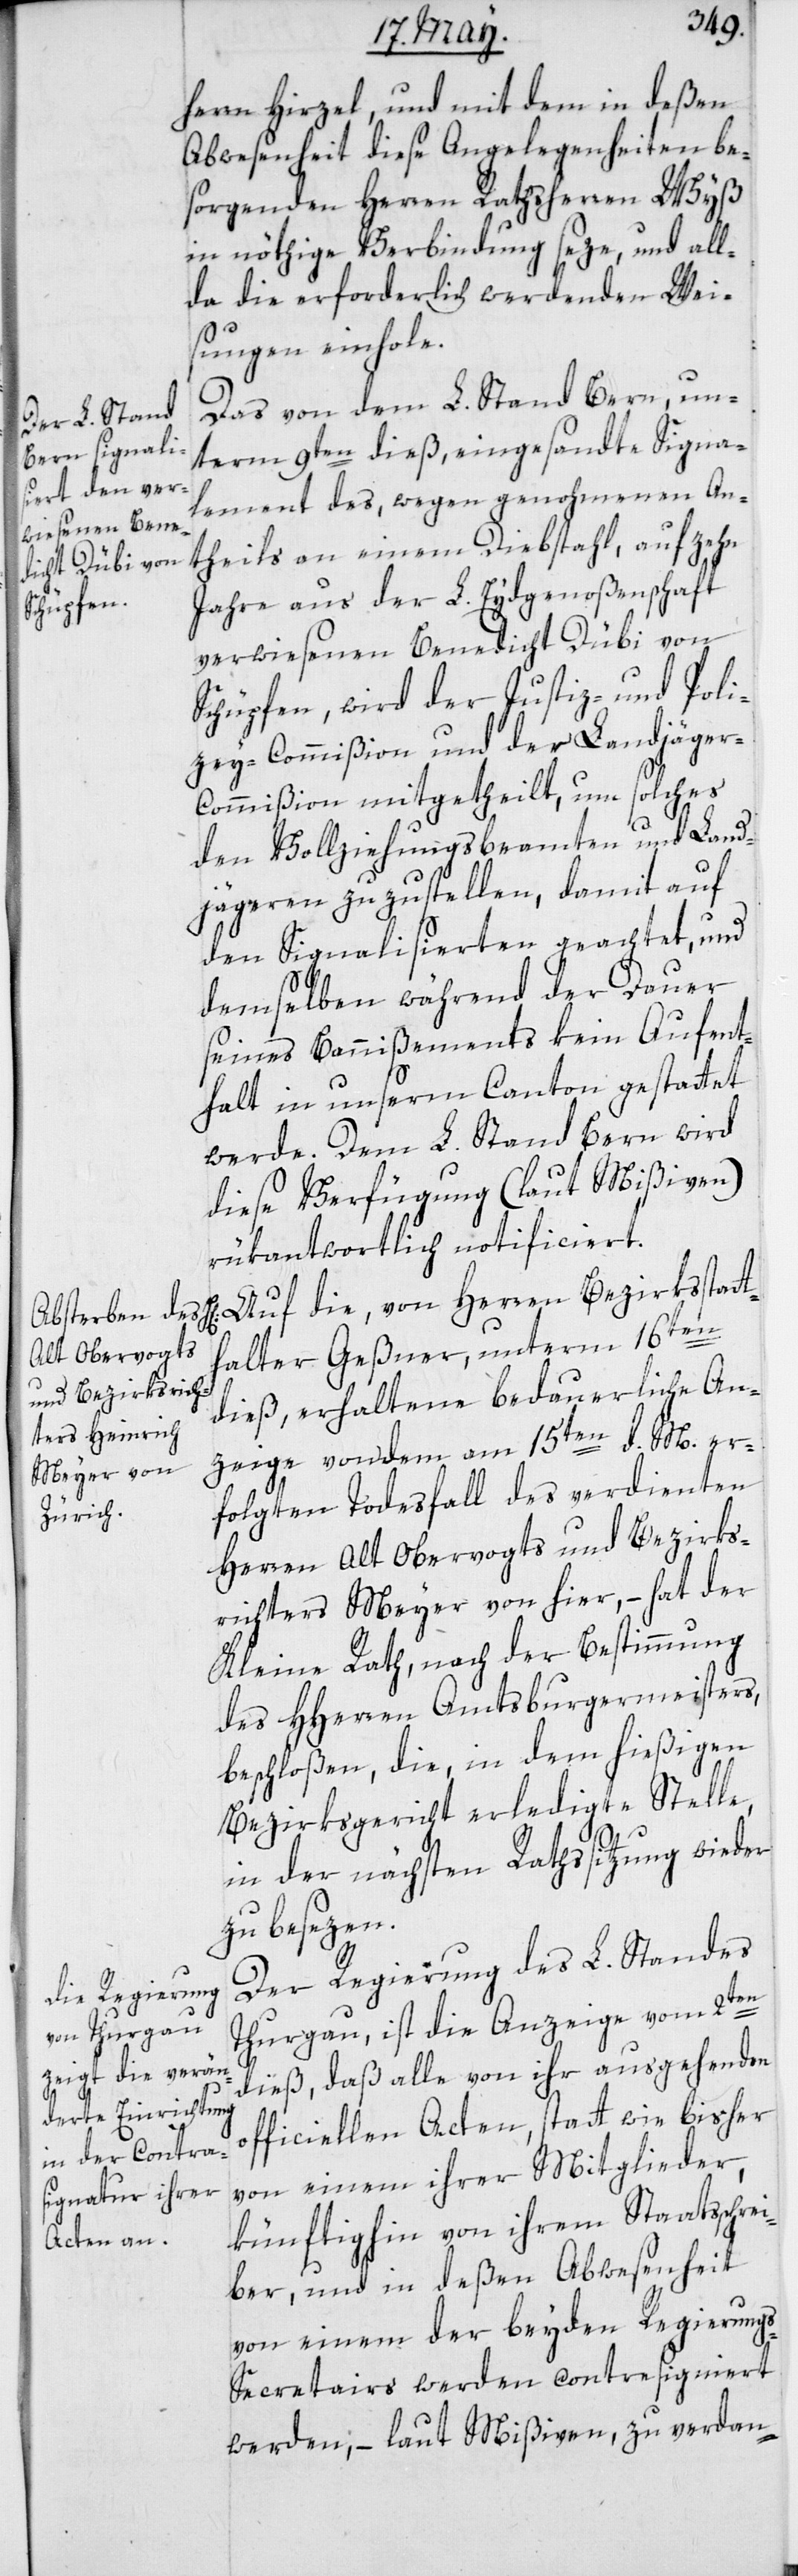
herrn Hirzel, und mit dem in deßen
Abwesenheit diese Angelegenheiten be¬
sorgenden Herren Rathsherren Wyß
in nöthige Verbindung seze, und all¬
da die erforderlich werdenden Wei¬
sungen einhole.
Das von dem L. Stand Bern, un¬
term 9ten dieß, eingesandte Signa¬
die, von Her¬
lement des, wegen genohmenen An¬
theils an einem Diebstahl, auf zehn
Jahre aus der L. Eydgenoßenschaft
verwiesenen Benedicht Dübi von
Schüpfen, wird der Justiz- und Poli¬
zey-Commißion und der Landjäger-C¬
ommißion mitgetheilt, um solches
den Vollziehungsbeamten und Land¬
jägern zuzustellen, damit auf
den Signalisierten geachtet und
demselben während der Dauer
seines Bannißements kein Aufent¬
halt in unserm Canton gestattet
werde. Dem L. Stand Bern wird
diese Verfügung (laut Mißiven)
rükantwortlich notificiert.
thalter Geßner, unterm 16ten
ren Bezirksstat¬
dieß, erhaltene bedauerliche An¬
zeige von dem am 15ten d. M. er¬
folgten Todesfall des verdienten
Herren Alt Obervogts und Bezirks¬
richters Meyer von hier, – hat der
Kleine Rath, nach der Bestimmung
des HHerren Amtsburgermeisters,
beschloßen, die, in dem hießigen
Bezirksgericht erledigte Stelle,
in der nächsten Rathssitzung wieder
zu besezen.
Der Regierung des L. Standes
Thurgau, ist die Anzeige vom 2ten
dieß, daß alle von ihr ausgehenden
officiellen Acten, statt wie bisher
von einem ihrer Mitglieder,
künftighin von ihrem Staatsschre¬
iber, und in deßen Abwesenheit
von einem der beyden Regierung¬
s-Secretairs werden contresigniert
werden, – laut Mißiven, zu verdan-